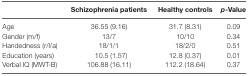
<table><thead><tr><td></td><td><b>Schizophrenia patients</b></td><td><b>Healthy controls</b></td><td><b><i>p</i>-Value</b></td></tr></thead><tbody><tr><td>Age</td><td>36.55 (9.16)</td><td>31.7 (8.31)</td><td>0.09</td></tr><tr><td>Gender (m/f)</td><td>13/7</td><td>10/10</td><td>0.34</td></tr><tr><td>Handedness (r/l/a)</td><td>18/1/1</td><td>18/2/0</td><td>0.51</td></tr><tr><td>Education (years)</td><td>10.5 (1.57)</td><td>12.8 (0.37)</td><td>0.01</td></tr><tr><td>Verbal IQ (MWT-B)</td><td>106.88 (16.11)</td><td>112.2 (18.64)</td><td>0.37</td></tr></tbody></table>